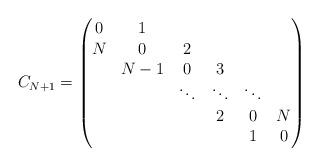
LaTeX: \begin{align*}C_{N+1} = \left(\begin{matrix}0 & 1 & & & &\\N & 0 & 2 & & &\\ & N-1 & 0 & 3 & & \\ & & \ddots & \ddots & \ddots & \\ & & & 2 & 0 & N \\ & & & & 1 & 0\end{matrix}\right)\end{align*}